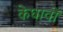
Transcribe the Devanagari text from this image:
केघावों